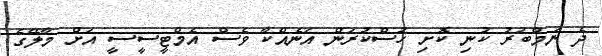
ދެ ނަމްބަރު ކުނި ކޮށި ހުސްކުރަން އަނެއްކާ ވެސް އެމްޓީސީސީ އަށް މާލޭގެ